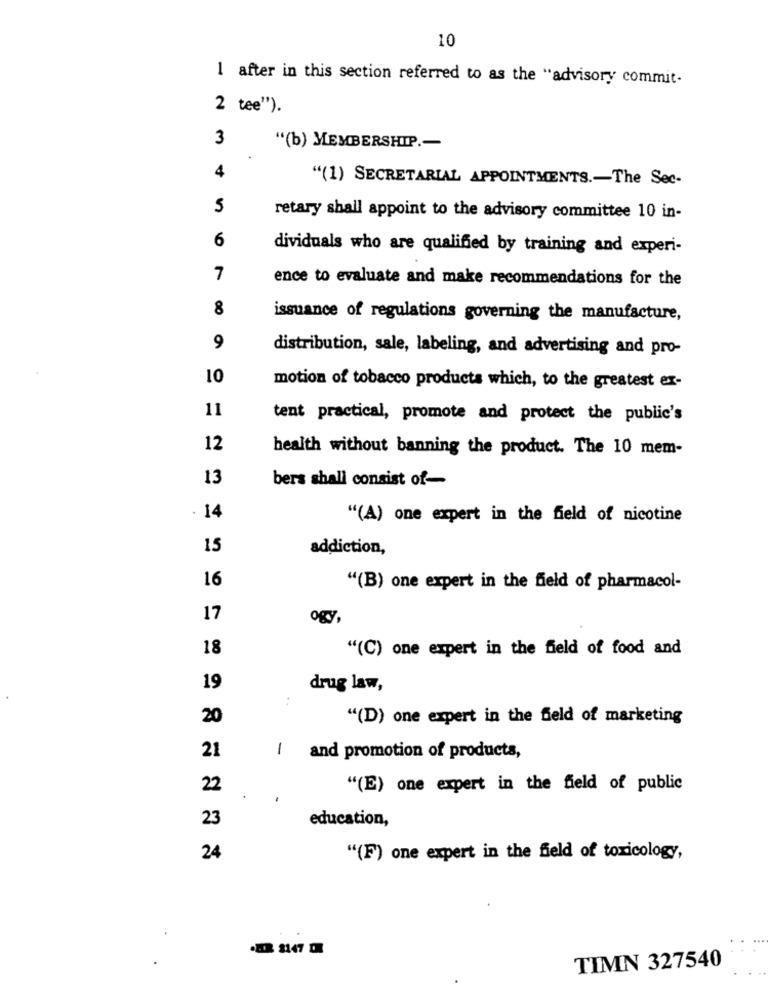
10
1 after in this section referred to as the "advisory commit-
2 tee").
3
"(b) MEMBERSHIP .-
4
"(1) SECRETARIAL APPOINTMENTS .- The Sec-
5
retary shall appoint to the advisory committee 10 in-
6
dividuals who are qualified by training and experi-
7
ence to evaluate and make recommendations for the
8
issuance of regulations governing the manufacture,
9
distribution, sale, labeling, and advertising and pro-
10
motion of tobacco products which, to the greatest ex-
11
tent practical, promote and protect the public's
12
health without banning the product. The 10 mem-
13
bers shall consist of-
14
"(A) one expert in the field of nicotine
15
addiction,
16
"(B) one expert in the field of pharmacol-
17
ogy,
18
"(C) one expert in the field of food and
19
drug law,
:
20
"(D) one expert in the field of marketing
21
1
and promotion of products,
22
"(E) one expert in the field of public
23
education,
24
"(F) one expert in the field of toxicology,
TIMN 327540